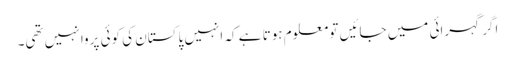
اگر گہرائی میں جائیں تو معلوم ہوتا ہے کہ انہیں پاکستان کی کوئی پروا نہیں تھی۔